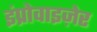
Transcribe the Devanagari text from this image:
इंप्रोवाइज़ेर